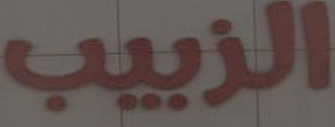
الزبيب